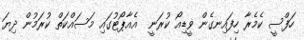
ހަފްސީ ކެމެރާ ހިފައިނގެން ޥީޑިއޯ ކުރަނީ  އެއާޕޯޓުގައި މަސައްކަތް ކުރަމުން ދިޔަ